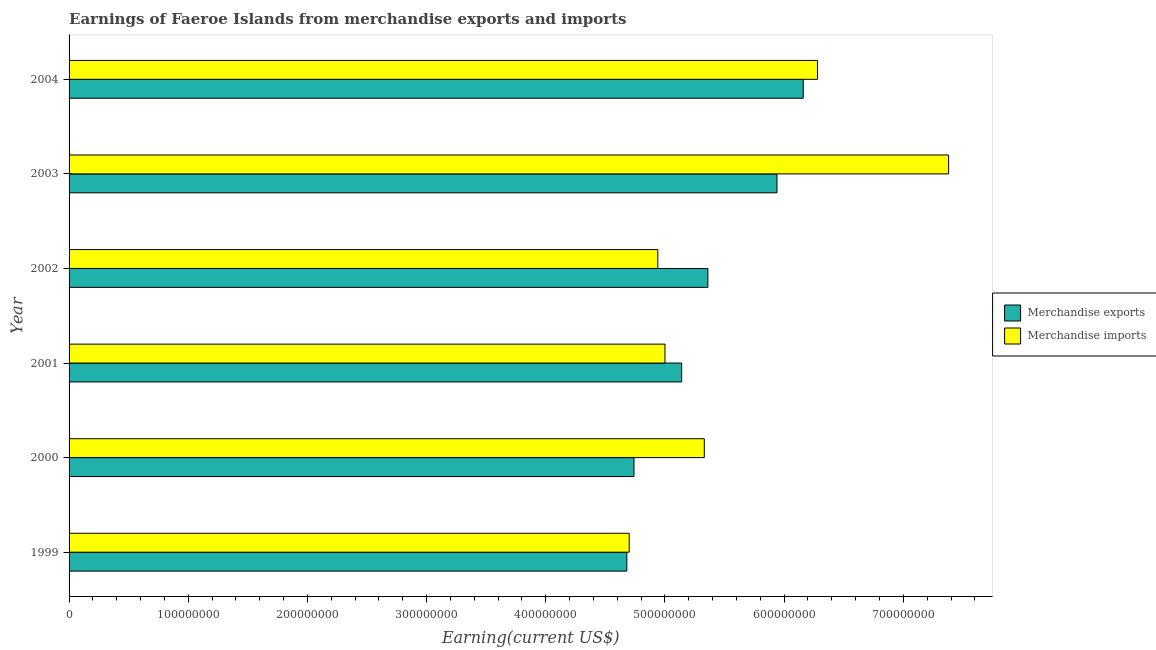
| Year | Merchandise exports | Merchandise imports |
 | --- | --- | --- |
 | 1999 | 4.68e+08 | 4.7e+08 |
 | 2000 | 4.74e+08 | 5.33e+08 |
 | 2001 | 5.14e+08 | 5e+08 |
 | 2002 | 5.36e+08 | 4.94e+08 |
 | 2003 | 5.94e+08 | 7.38e+08 |
 | 2004 | 6.16e+08 | 6.28e+08 |